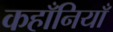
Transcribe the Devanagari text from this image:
कहाँनियाँ